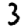
Digit: 3